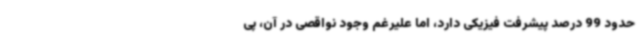
حدود 99 درصد پیشرفت فیزیکی دارد، اما علیرغم وجود نواقصی در آن، پی